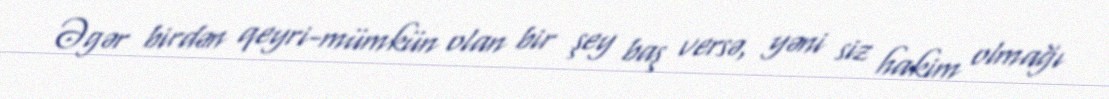
Əgər birdən qeyri-mümkün olan bir şey baş versə, yəni siz hakim olmağı